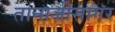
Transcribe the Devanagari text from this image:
तानाजीसागर